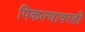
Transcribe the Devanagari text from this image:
पिकल्यावरही